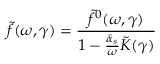
\tilde { f } ( \omega , \gamma ) = { \frac { \tilde { f } ^ { 0 } ( \omega , \gamma ) } { 1 - { \frac { \bar { \alpha } _ { s } } { \omega } } \tilde { K } ( \gamma ) } }